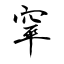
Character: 窣